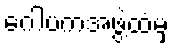
ဂေါပကအဖွဲ့ထံမှ